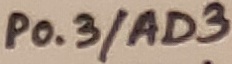
Text: P0.3/AD3